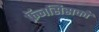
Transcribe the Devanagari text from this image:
फ्रॅनसिसको